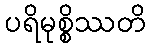
ပရိမုစ္စိဿတိ